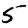
Digit: 5